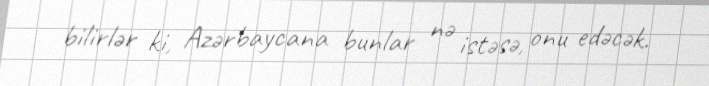
bilirlər ki, Azərbaycana bunlar nə istəsə, onu edəcək.